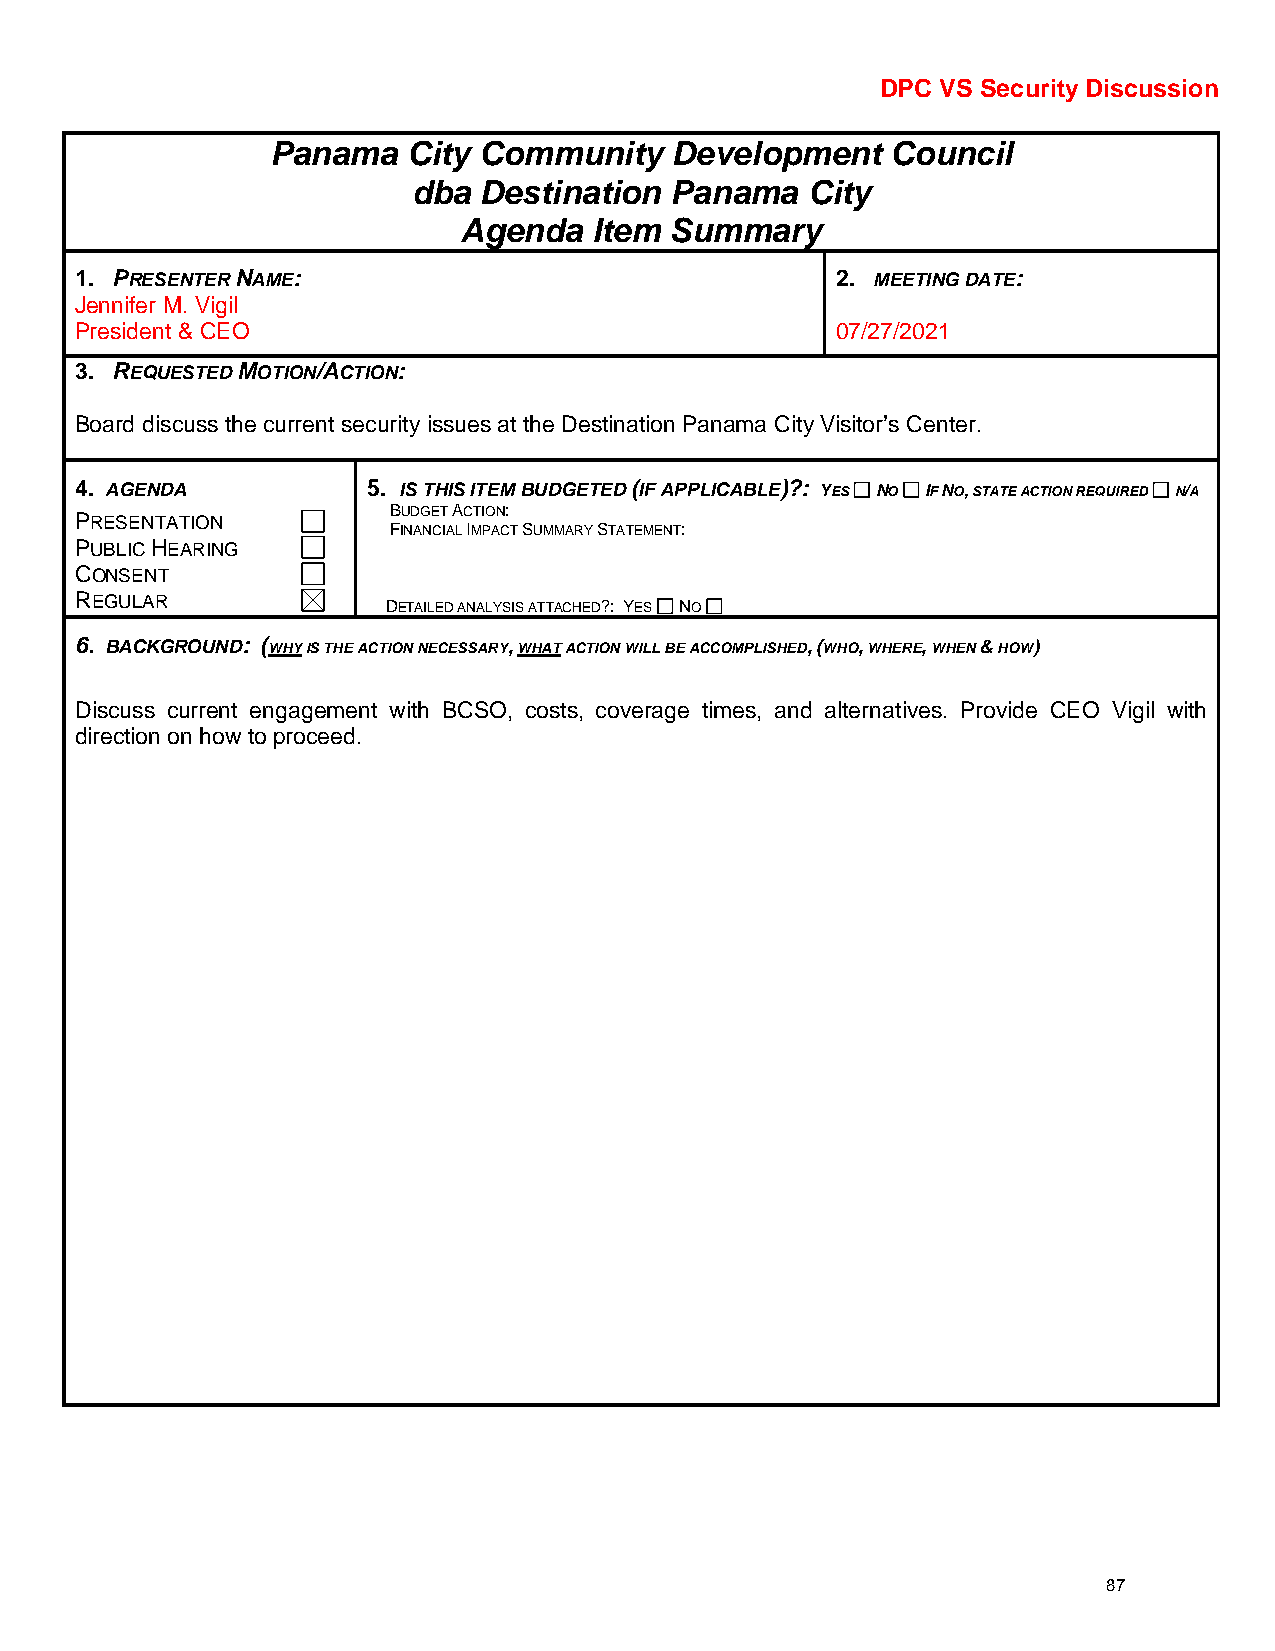
DPC VS Security Discussion
 Panama   City Community   Development    Council
 dba  Destination Panama   City
 Agenda   Item Summary
 1. PRESENTER NAME:                                2. MEETING DATE:
 Jennifer M. Vigil
 President & CEO                                   07/27/2021
 3. REQUESTED MOTION/ACTION:
 Board discuss the current security issues at the Destination Panama City Visitor’s Center.
 4. AGENDA          5. IS THIS ITEM BUDGETED (IF APPLICABLE)?: YES NO IF NO, STATE ACTION REQUIRED N/A
 BUDGET ACTION:
 PRESENTATION
 FINANCIAL IMPACT SUMMARY STATEMENT:
 PUBLIC HEARING
 CONSENT
 REGULAR
 DETAILED ANALYSIS ATTACHED?: YES NO
 6. BACKGROUND: (WHY IS THE ACTION NECESSARY, WHAT ACTION WILL BE ACCOMPLISHED, (WHO, WHERE, WHEN & HOW)
 Discuss current engagement with BCSO, costs, coverage times, and alternatives. Provide CEO Vigil with
 direction on how to proceed.
 87